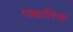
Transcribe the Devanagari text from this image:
पाश्चातिक